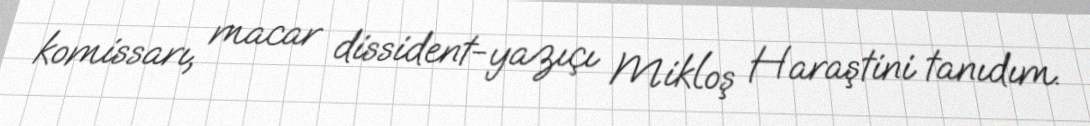
komissarı, macar dissident-yazıçı Mikloş Haraştini tanıdım.